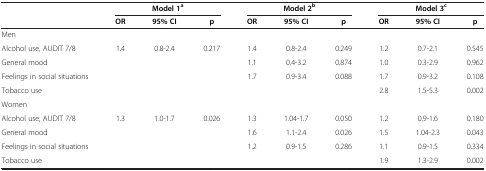
<table><thead><tr><td><b> </b></td><td colspan="3"><b>Model 1<sup>a</sup></b></td><td colspan="3"><b>Model 2<sup>b</sup></b></td><td colspan="3"><b>Model 3<sup>c</sup></b></td></tr><tr><td><b> </b></td><td><b>OR</b></td><td><b>95% CI</b></td><td><b>p</b></td><td><b>OR</b></td><td><b>95% CI</b></td><td><b>p</b></td><td><b>OR</b></td><td><b>95% CI</b></td><td><b>p</b></td></tr></thead><tbody><tr><td>Men</td><td> </td><td> </td><td> </td><td> </td><td> </td><td> </td><td> </td><td> </td><td> </td></tr><tr><td>Alcohol use, AUDIT 7/8</td><td>1.4</td><td>0.8-2.4</td><td>0.217</td><td>1.4</td><td>0.8-2.4</td><td>0.249</td><td>1.2</td><td>0.7-2.1</td><td>0.545</td></tr><tr><td>General mood</td><td> </td><td> </td><td> </td><td>1.1</td><td>0.4-3.2</td><td>0.874</td><td>1.0</td><td>0.3-2.9</td><td>0.962</td></tr><tr><td>Feelings in social situations</td><td> </td><td> </td><td> </td><td>1.7</td><td>0.9-3.4</td><td>0.088</td><td>1.7</td><td>0.9-3.2</td><td>0.108</td></tr><tr><td>Tobacco use</td><td> </td><td> </td><td> </td><td> </td><td> </td><td> </td><td>2.8</td><td>1.5-5.3</td><td>0.002</td></tr><tr><td>Women</td><td> </td><td> </td><td> </td><td> </td><td> </td><td> </td><td> </td><td> </td><td> </td></tr><tr><td>Alcohol use, AUDIT 7/8</td><td>1.3</td><td>1.0-1.7</td><td>0.026</td><td>1.3</td><td>1.04-1.7</td><td>0.050</td><td>1.2</td><td>0.9-1.6</td><td>0.180</td></tr><tr><td>General mood</td><td> </td><td> </td><td> </td><td>1.6</td><td>1.1-2.4</td><td>0.026</td><td>1.5</td><td>1.04-2.3</td><td>0.043</td></tr><tr><td>Feelings in social situations</td><td> </td><td> </td><td> </td><td>1.2</td><td>0.9-1.5</td><td>0.286</td><td>1.1</td><td>0.9-1.5</td><td>0.334</td></tr><tr><td>Tobacco use</td><td> </td><td> </td><td> </td><td> </td><td> </td><td> </td><td>1.9</td><td>1.3-2.9</td><td>0.002</td></tr></tbody></table>